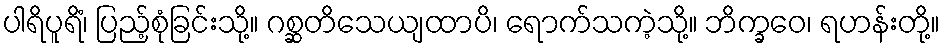
ပါရိပူရိံ၊ ပြည့်စုံခြင်းသို့။ ဂစ္ဆတိသေယျထာပိ၊ ရောက်သကဲ့သို့။ ဘိက္ခဝေ၊ ရဟန်းတို့။